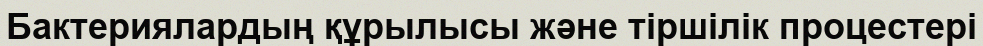
Бактериялардың құрылысы және тіршілік процестері